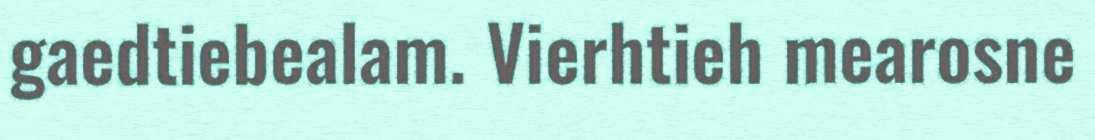
gaedtiebealam. Vierhtieh mearosne